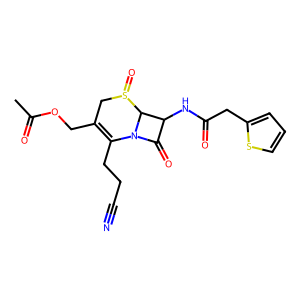
SMILES: CC(=O)OCC1=C(CCC#N)N2C(=O)C(NC(=O)Cc3cccs3)C2S(=O)C1
Inhibits HIV replication: No